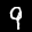
Label: 9